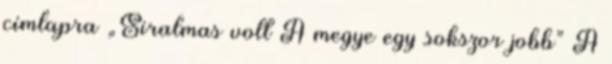
címlapra „Siralmas volt A megye egy sokszor jobb” A